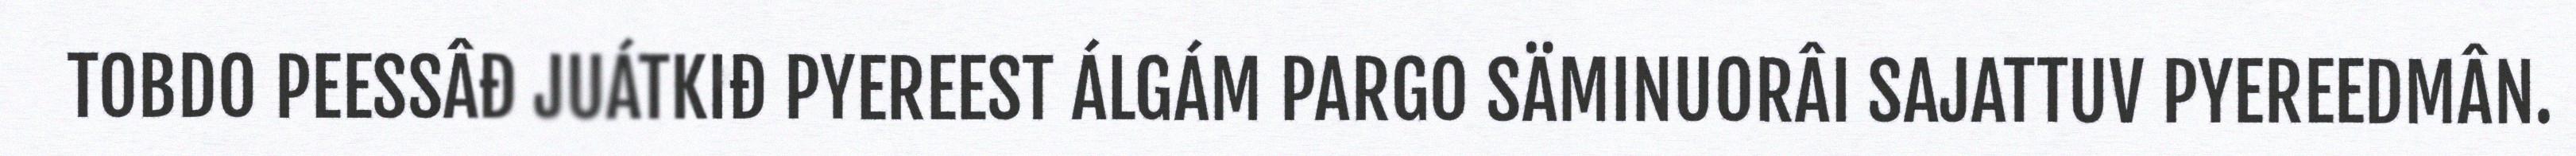
TOBDO PEESSÂĐ JUÁTKIĐ PYEREEST ÁLGÁM PARGO SÄMINUORÂI SAJATTUV PYEREEDMÂN.